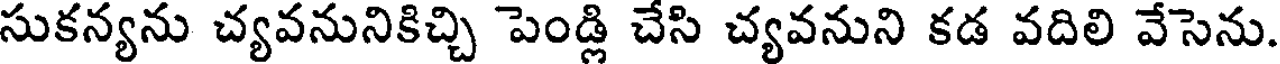
సుకన్యను చ్యవనునికిచ్చి పెండ్లి చేసి చ్యవనుని కడ వదిలి వేసెను.